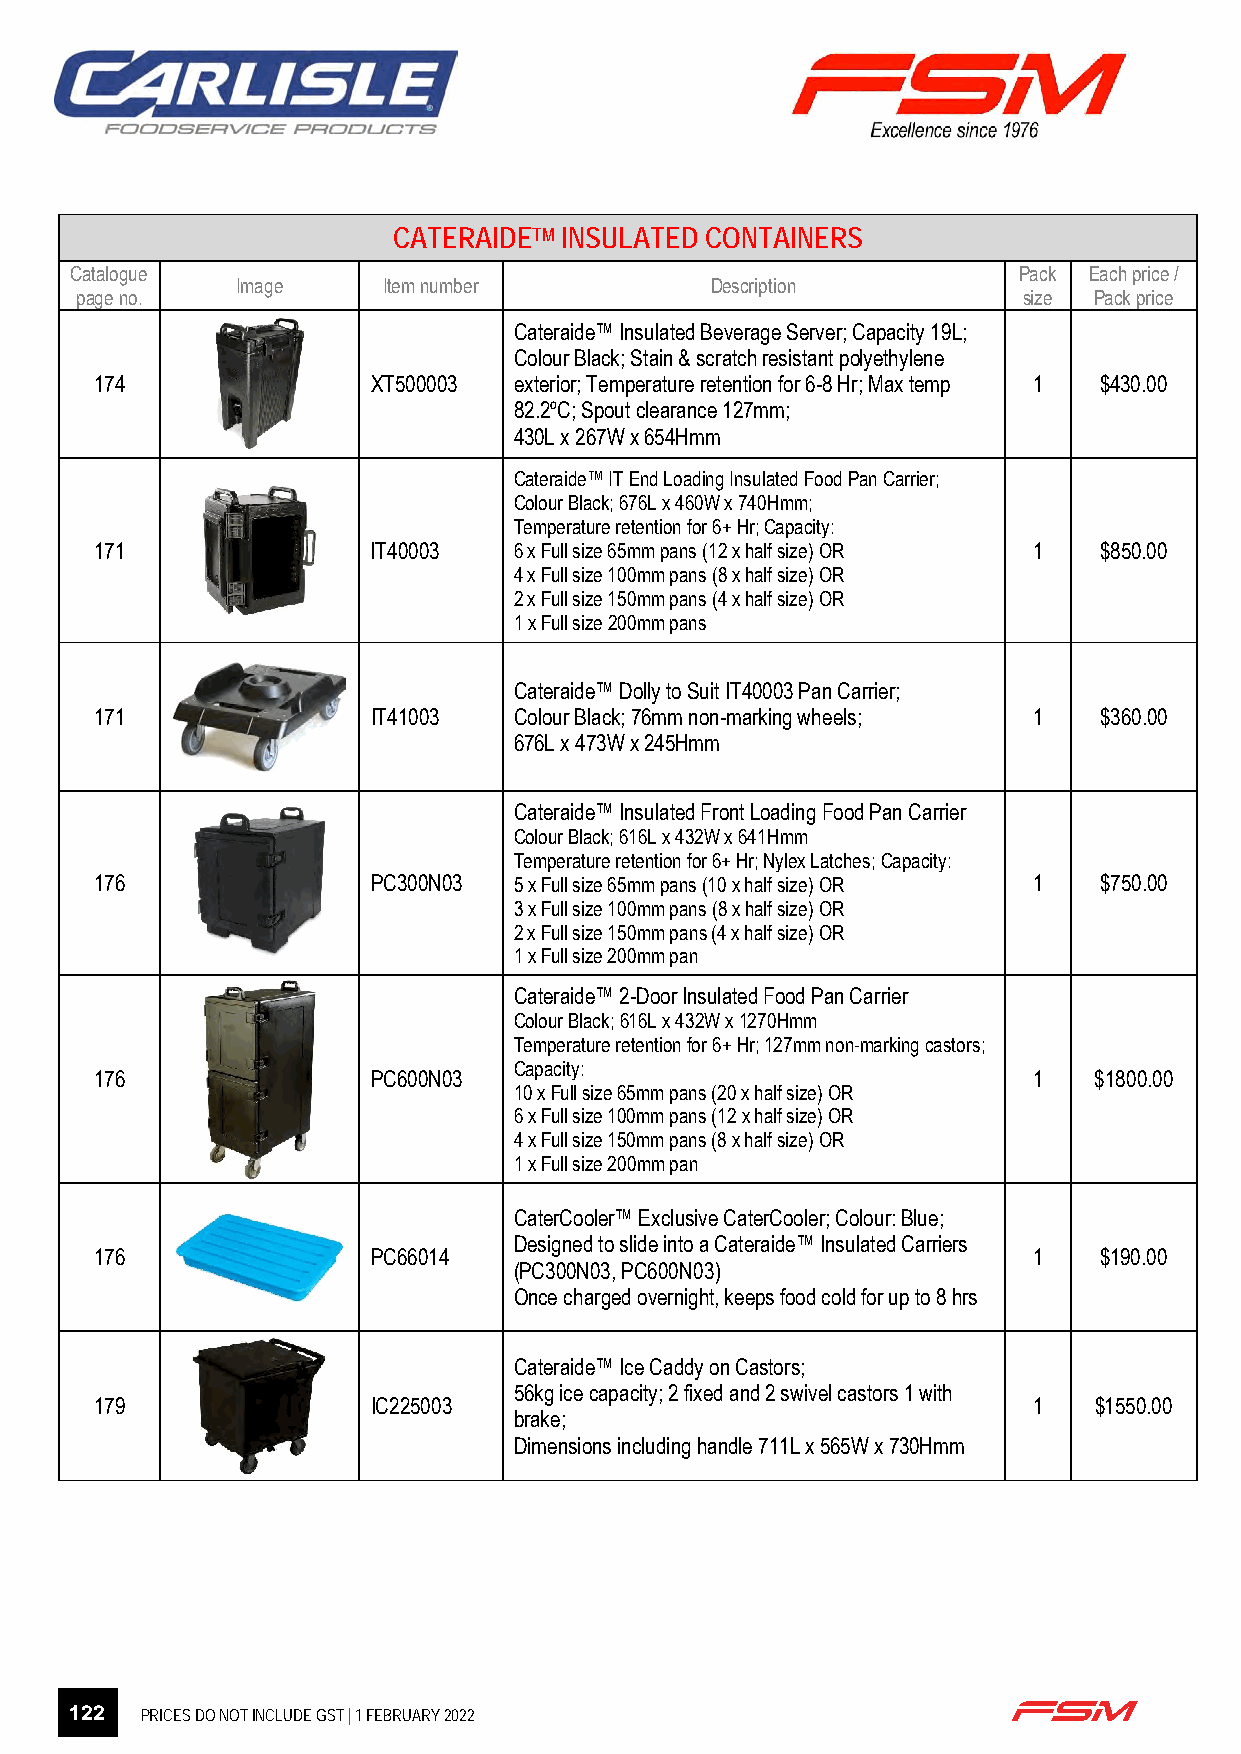
CATERAIDETM INSULATED CONTAINERS
 Catalogue                                                     Pack Each price /
 Image    Item number           Description
 page no.                                                       size Pack price
 Cateraide™ Insulated Beverage Server; Capacity 19L;
 Colour Black; Stain & scratch resistant polyethylene
 174                XT500003 exterior; Temperature retention for 6-8 Hr; Max temp 1 $430.00
 82.2ºC; Spout clearance 127mm;
 430L x 267W x 654Hmm
 Cateraide™ IT End Loading Insulated Food Pan Carrier;
 Colour Black; 676L x 460W x 740Hmm;
 Temperature retention for 6+ Hr; Capacity:
 171                IT40003  6 x Full size 65mm pans (12 x half size) OR 1 $850.00
 4 x Full size 100mm pans (8 x half size) OR
 2 x Full size 150mm pans (4 x half size) OR
 1 x Full size 200mm pans
 Cateraide™ Dolly to Suit IT40003 Pan Carrier;
 171                IT41003  Colour Black; 76mm non-marking wheels; 1 $360.00
 676L x 473W x 245Hmm
 Cateraide™ Insulated Front Loading Food Pan Carrier
 Colour Black; 616L x 432W x 641Hmm
 Temperature retention for 6+ Hr; Nylex Latches; Capacity:
 176                PC300N03 5 x Full size 65mm pans (10 x half size) OR 1 $750.00
 3 x Full size 100mm pans (8 x half size) OR
 2 x Full size 150mm pans (4 x half size) OR
 1 x Full size 200mm pan
 Cateraide™ 2-Door Insulated Food Pan Carrier
 Colour Black; 616L x 432W x 1270Hmm
 Temperature retention for 6+ Hr; 127mm non-marking castors;
 Capacity:
 176                PC600N03                                   1   $1800.00
 10 x Full size 65mm pans (20 x half size) OR
 6 x Full size 100mm pans (12 x half size) OR
 4 x Full size 150mm pans (8 x half size) OR
 1 x Full size 200mm pan
 CaterCooler™ Exclusive CaterCooler; Colour: Blue;
 Designed to slide into a Cateraide™ Insulated Carriers
 176                PC66014                                    1    $190.00
 (PC300N03, PC600N03)
 Once charged overnight, keeps food cold for up to 8 hrs
 Cateraide™ Ice Caddy on Castors;
 56kg ice capacity; 2 fixed and 2 swivel castors 1 with
 179                IC225003                                   1   $1550.00
 brake;
 Dimensions including handle 711L x 565W x 730Hmm
 Page 20 of 27
 122 PRICES DO NOT INCLUDE GST | 1 FEBRUARY 2022